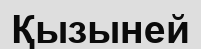
Қызыней